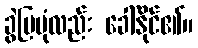
ခွဲပြပုံလည်း ခေါ်နိုင်၏။